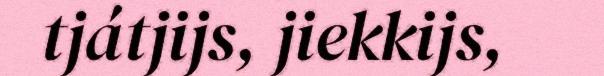
tjátjijs, jiekkijs,